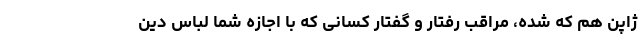
ژاپن هم که شده، مراقب رفتار و گفتار کسانی که با اجازه شما لباس دین